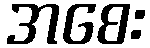
အစေး